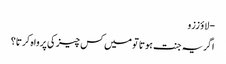
- لاؤ ززو
اگر یہ جنت ہوتا تو میں کس چیز کی پرواہ کرتا؟